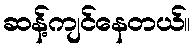
ဆန့်ကျင်နေတယ်။